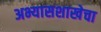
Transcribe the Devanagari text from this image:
अभ्यासशाखेचा